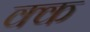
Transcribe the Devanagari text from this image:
क्क